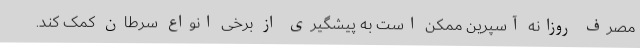
مصرف روزانه آسپرین ممکن است به پیشگیری از برخی انواع سرطان کمک کند.